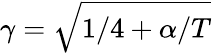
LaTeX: \gamma=\sqrt{1/4+\alpha/T}